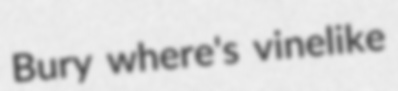
Bury where's vinelike